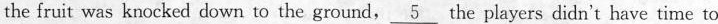
the fruit was knocked down to the ground,\underline{5} the players didn't have time to